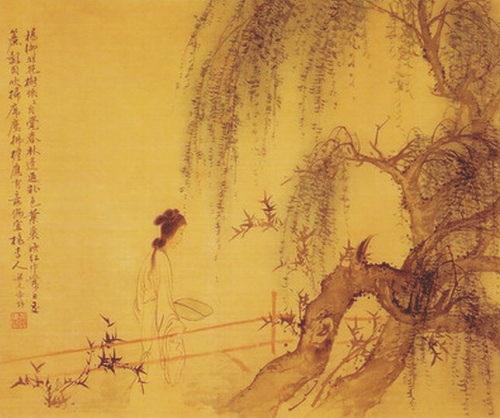
谁念文园病客？夜色沉沉，独抱一天岑寂。